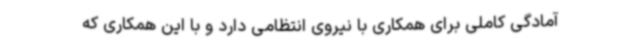
آمادگی کاملی برای همکاری با نیروی انتظامی دارد و با این همکاری که